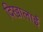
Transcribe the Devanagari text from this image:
दिखालाई